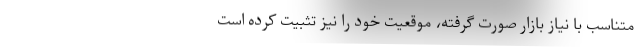
متناسب با نیاز بازار صورت گرفته، موقعیت خود را نیز تثبیت کرده است